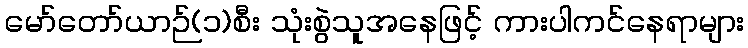
မော်တော်ယာဉ်(၁)စီး သုံးစွဲသူအနေဖြင့် ကားပါကင်နေရာများ